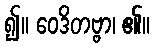
၍။ ဝေဒိတဗ္ဗာ၊ ၏။